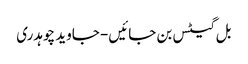
بل گیٹس بن جائیں- جاوید چوہدری